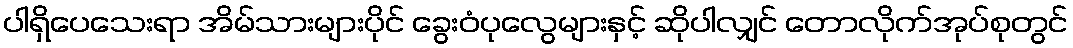
ပါရှိပေသေးရာ အိမ်သားများပိုင် ခွေးဝံပုလွေများနှင့် ဆိုပါလျှင် တောလိုက်အုပ်စုတွင်